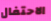
الاحتفال